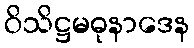
ဝိသိဋ္ဌမဓုနာဒေန